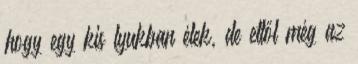
hogy egy kis lyukban élek, de ettől még az